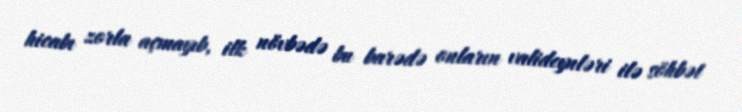
hicabı zorla açmayıb, ilk növbədə bu barədə onların valideynləri ilə söhbət